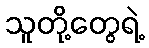
သူတို့တွေရဲ့